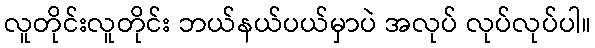
လူတိုင်းလူတိုင်း ဘယ်နယ်ပယ်မှာပဲ အလုပ် လုပ်လုပ်ပါ။